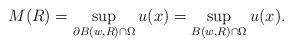
LaTeX: \begin{align*}M(R) = \sup_{\partial B(w,R) \cap \Omega} u(x) = \sup_{B(w,R) \cap \Omega} u(x).\end{align*}